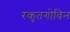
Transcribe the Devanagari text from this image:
रकृतगोविन